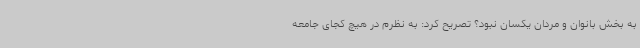
به بخش بانوان و مردان یکسان نبود؟ تصریح کرد: به نظرم در هیچ کجای جامعه